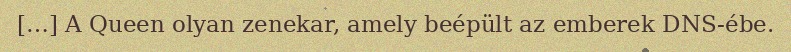
[…] A Queen olyan zenekar, amely beépült az emberek DNS-ébe.